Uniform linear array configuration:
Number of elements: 48
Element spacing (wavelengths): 0.25
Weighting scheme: hamming
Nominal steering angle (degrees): -15
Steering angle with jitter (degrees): -14.624
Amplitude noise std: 0.05
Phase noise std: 0.05

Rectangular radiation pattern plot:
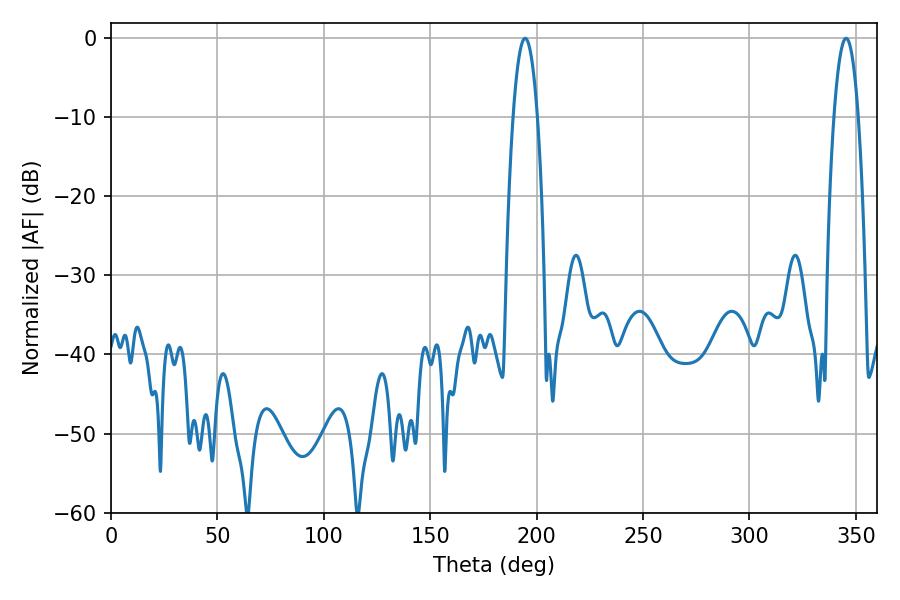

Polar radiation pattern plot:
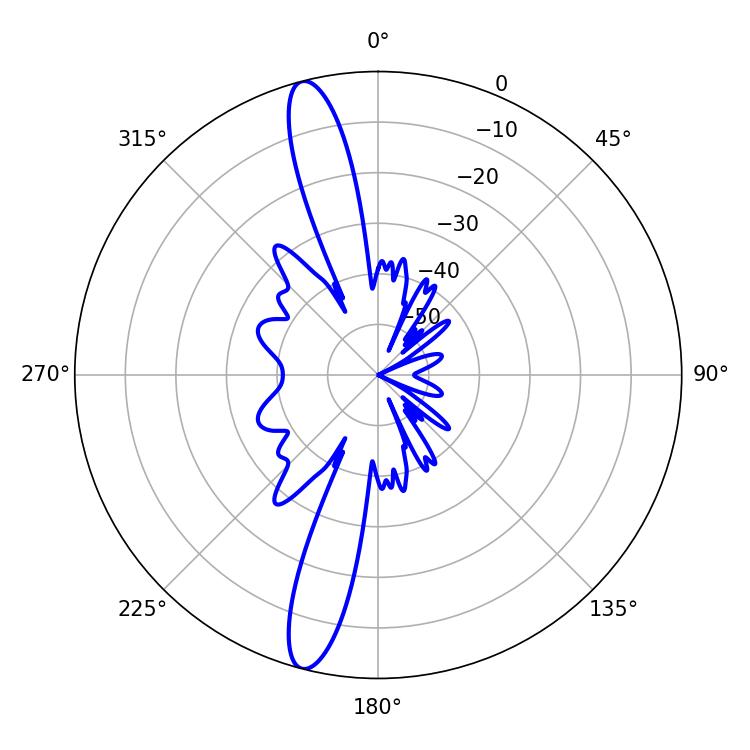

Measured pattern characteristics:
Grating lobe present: FALSE
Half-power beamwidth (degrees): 6.3
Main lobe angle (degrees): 194.58